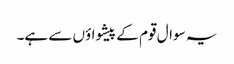
یہ سوال قوم کے پیشواؤں سے ہے۔